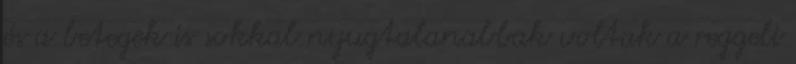
és a betegek is sokkal nyugtalanabbak voltak a reggeli